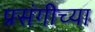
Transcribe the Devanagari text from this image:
प्रसंगीच्या